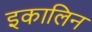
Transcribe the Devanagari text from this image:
इकालिन